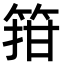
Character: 箝